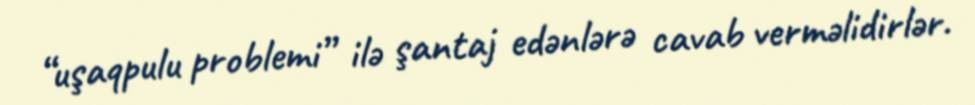
“uşaqpulu problemi” ilə şantaj edənlərə cavab verməlidirlər.